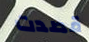
قصدت